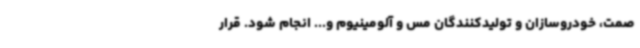
صمت، خودروسازان و تولیدکنندگان مس و آلومینیوم و... انجام شود. قرار